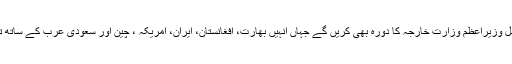
وفاقی کابینہ کے اجلاس سے قبل وزیراعظم وزارت خارجہ کا دورہ بھی کریں گے جہاں انہیں بھارت، افغانستان، ایران، امریکہ ، چین اور سعودی عرب کے ساتھ تعلقات پربریفنگ دی جائے گی۔